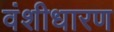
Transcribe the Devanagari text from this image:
वंशीधारण